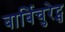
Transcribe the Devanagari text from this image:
बार्बिचुरेट्स